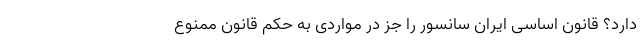
دارد؟ قانون اساسی ایران سانسور را جز در مواردی به حکم قانون ممنوع